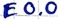
Text: E0.0